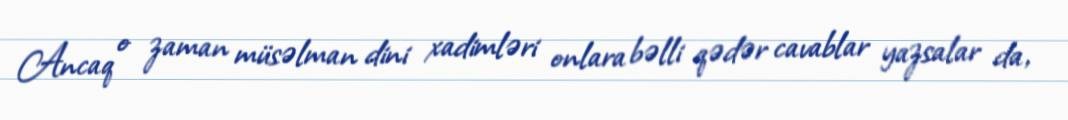
Ancaq o zaman müsəlman dini xadimləri onlara bəlli qədər cavablar yazsalar da,